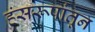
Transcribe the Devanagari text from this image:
हंसरूपांतून